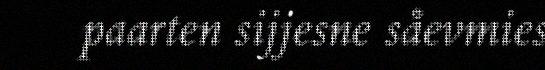
paarten sijjesne såevmies